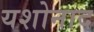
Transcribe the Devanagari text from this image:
यशोनाद